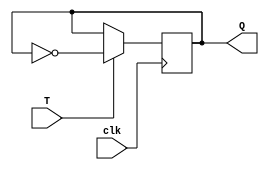
module t_latch (input T, input clk, output reg Q);

always @(posedge clk)
begin
    if (T)
        Q <= ~Q;
end

endmodule